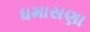
ધમાસણા